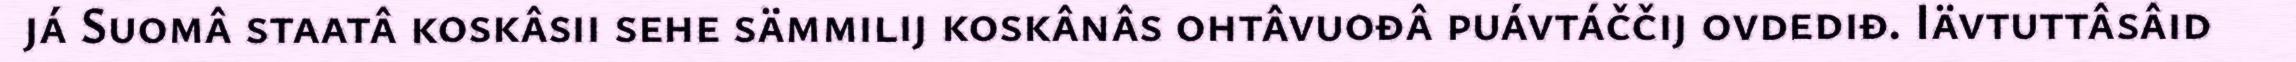
já Suomâ staatâ koskâsii sehe sämmilij koskânâs ohtâvuođâ puávtáččij ovdediđ. Iävtuttâsâid